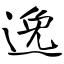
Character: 逸